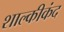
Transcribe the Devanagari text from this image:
शाल्कीकंद